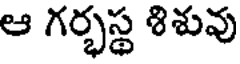
ఆ గర్భస్థ శిశువు